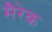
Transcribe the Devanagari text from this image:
मैरेक